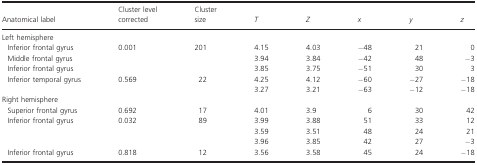
| Anatomical label | Cluster level corrected | Cluster size | T | Z | x | y | z |
 | --- | --- | --- | --- | --- | --- | --- | --- |
 | <COLSPAN=8> Left hemisphere |
 | Inferior frontal gyrus | <ROWSPAN=3> 0.001 | <ROWSPAN=3> 201 | 4.15 | 4.03 | −48 | 21 | 0 |
 | Middle frontal gyrus | 3.94 | 3.84 | −42 | 48 | −3 |
 | Inferior frontal gyrus | 3.85 | 3.75 | −51 | 30 | 3 |
 | <ROWSPAN=2> Inferior temporal gyrus | <ROWSPAN=2> 0.569 | <ROWSPAN=2> 22 | 4.25 | 4.12 | −60 | −27 | −18 |
 | 3.27 | 3.21 | −63 | −12 | −18 |
 | <COLSPAN=8> Right hemisphere |
 | Superior frontal gyrus | 0.692 | 17 | 4.01 | 3.9 | 6 | 30 | 42 |
 | <ROWSPAN=3> Inferior frontal gyrus | <ROWSPAN=3> 0.032 | <ROWSPAN=3> 89 | 3.99 | 3.88 | 51 | 33 | 12 |
 | 3.59 | 3.51 | 48 | 24 | 21 |
 | 3.96 | 3.85 | 42 | 27 | −3 |
 | Inferior frontal gyrus | 0.818 | 12 | 3.56 | 3.58 | 45 | 24 | −18 |